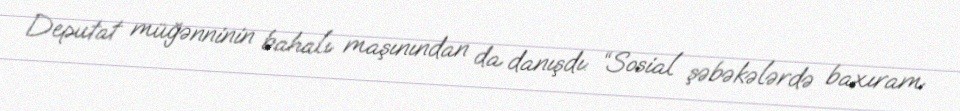
Deputat müğənninin bahalı maşınından da danışdı: “Sosial şəbəkələrdə baxıram